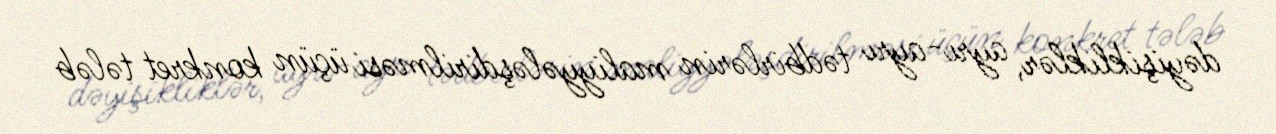
dəyişikliklər, ayrı-ayrı tədbirlərin maliyyələşdirilməsi üçün konkret tələb